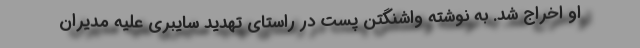
او اخراج شد. به نوشته واشنگتن پست در راستای تهدید سایبری علیه مدیران